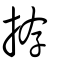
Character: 拵